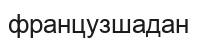
французшадан